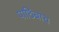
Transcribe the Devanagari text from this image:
पाठिंबाच